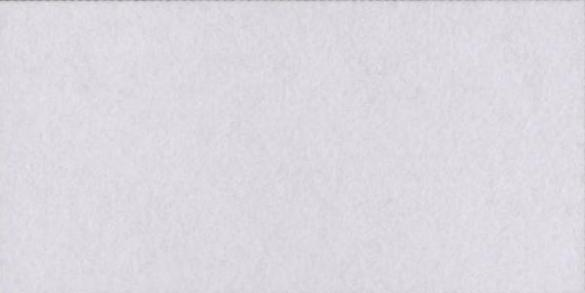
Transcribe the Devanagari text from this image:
कहॉं